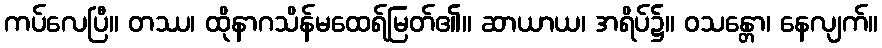
ကပ်လေပြီ။ တဿ၊ ထိုနာဂသိန်မထေရ်မြတ်၏။ ဆာယာယ၊ အရိပ်၌။ ဝသန္တော၊ နေလျက်။